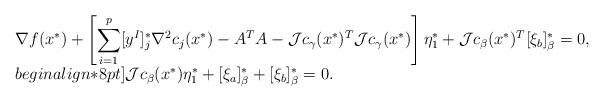
LaTeX: \begin{align*} \begin{array}{l} \nabla f(x^*)+\left[\displaystyle \sum_{i=1}^p[y^I]^*_j\nabla^2 c_j(x^*)-A^TA-{\cal J}c_{\gamma}(x^*)^T{\cal J}c_{\gamma}(x^*)\right]\eta^*_1+{\cal J}c_{\beta}(x^*)^T[\xi_b]^*_{\beta}=0,\\begin{align*}8pt] {\cal J}c_{\beta}(x^*)\eta^*_1+[\xi_a]^*_{\beta}+[\xi_b]^*_{\beta}=0. \end{array} \end{align*}